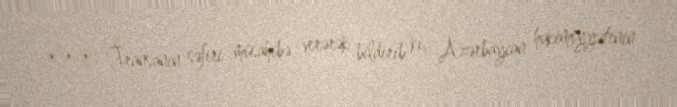
*** Fransanın səfiri müsahibə verərək bildirib ki, Azərbaycan hakimiyyətinin